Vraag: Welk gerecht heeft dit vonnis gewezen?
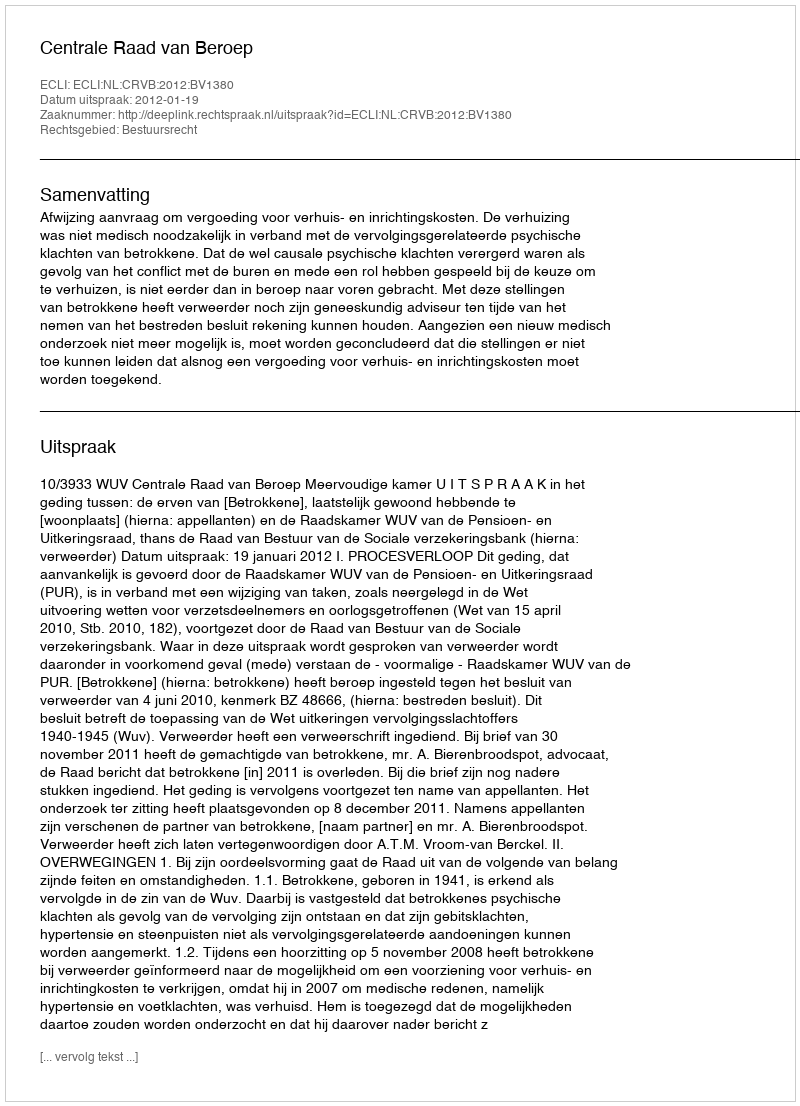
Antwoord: Centrale Raad van Beroep